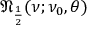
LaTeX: { \mathfrak { N } } _ { \frac { 1 } { 2 } } ( \nu ; \nu _ { 0 } , \theta )